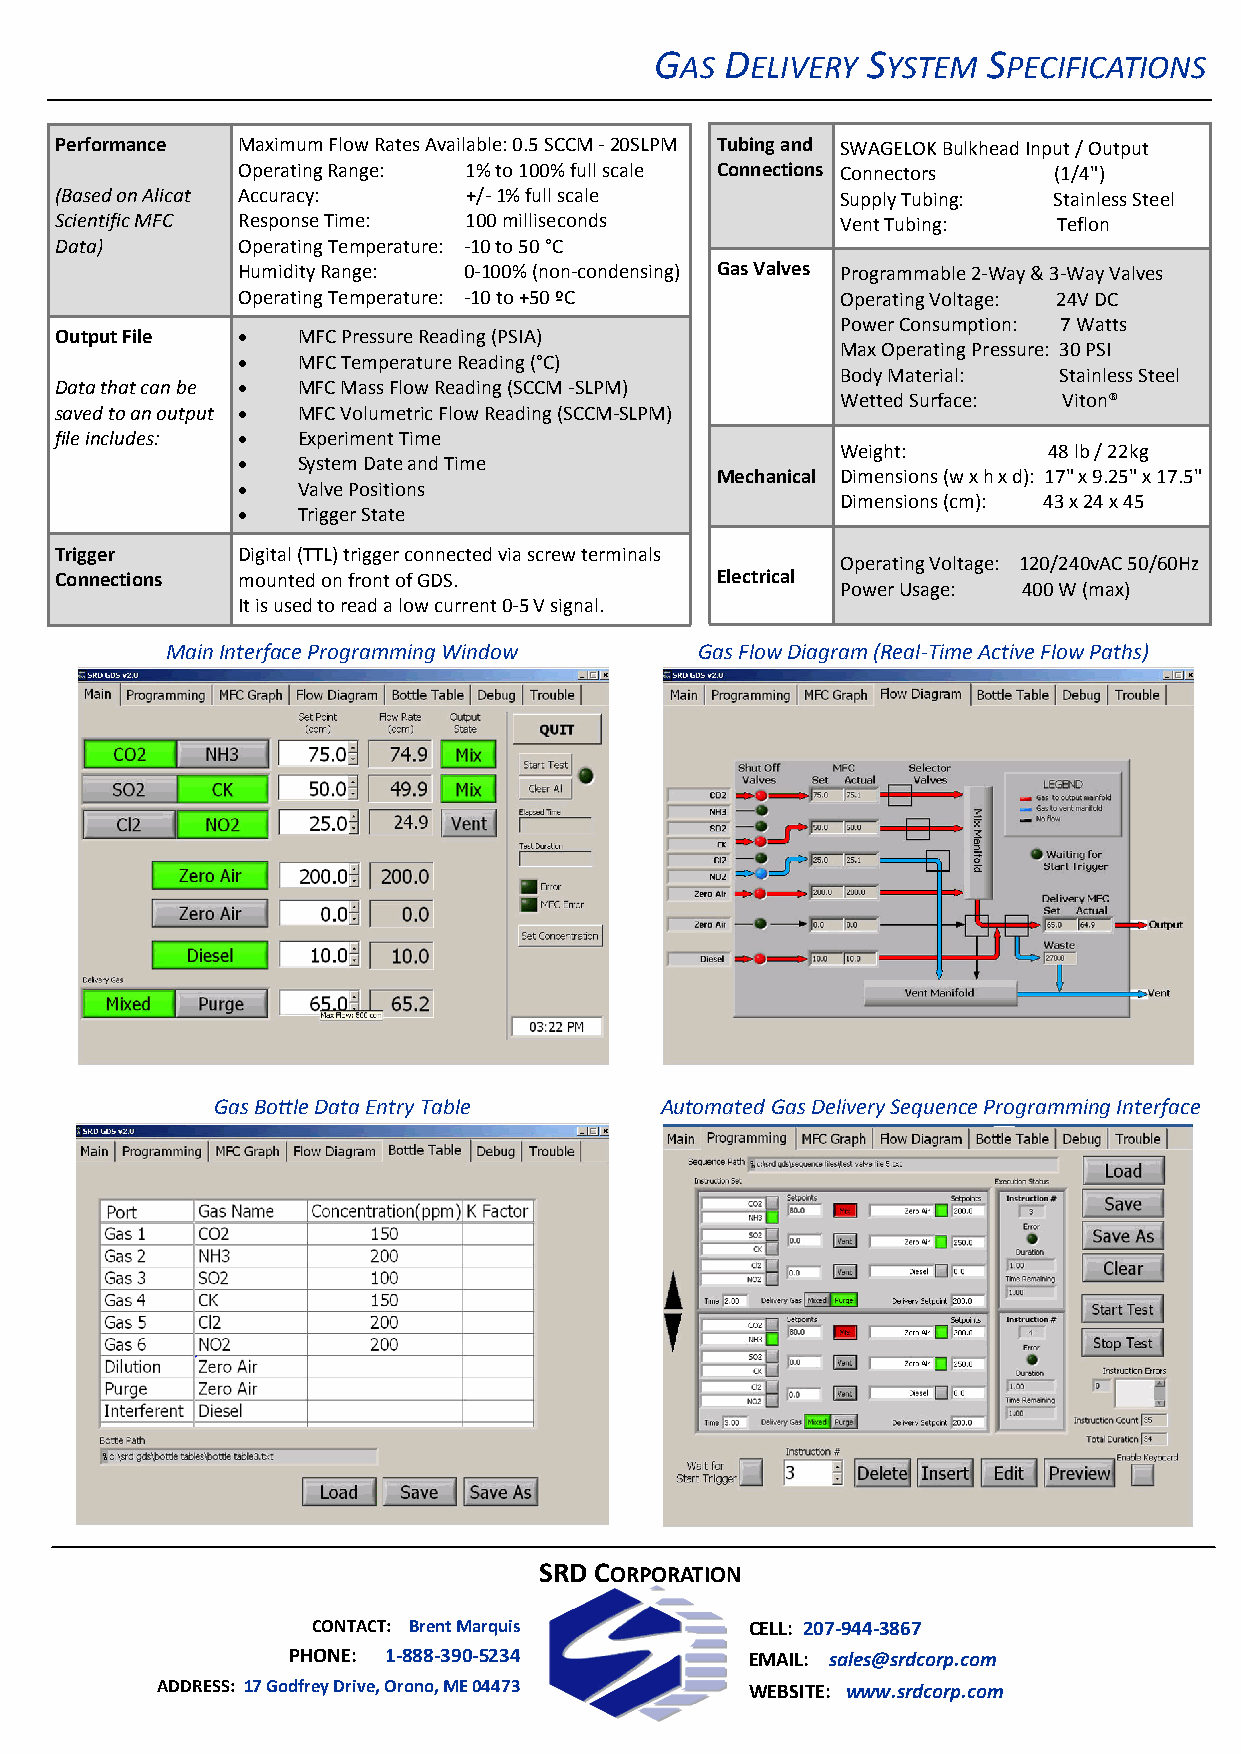
GAS  DELIVERY SYSTEM  SPECIFICATIONS
 Performance Maximum Flow Rates Available: 0.5 SCCM - 20SLPM Tubing and SWAGELOK Bulkhead Input / Output
 Operating Range: 1% to 100% full scale Connections Connectors (1/4")
 (Based on Alicat Accuracy: +/- 1% full scale        Supply Tubing: Stainless Steel
 Scientific MFC Response Time: 100 milliseconds      Vent Tubing:  Teflon
 Data)       Operating Temperature: -10 to 50 °C
 Humidity Range: 0-100% (non-condensing) Gas Valves Programmable 2-Way & 3-Way Valves
 Operating Temperature: -10 to +50 ºC    Operating Voltage: 24V DC
 Power Consumption: 7 Watts
 Output File    MFC Pressure Reading (PSIA)
 Max Operating Pressure: 30 PSI
    MFC Temperature Reading (°C)
 Body Material: Stainless Steel
 Data that can be  MFC Mass Flow Reading (SCCM -SLPM)
 Wetted Surface: Viton®
 saved to an output  MFC Volumetric Flow Reading (SCCM-SLPM)
 file includes:  Experiment Time
 Weight:      48 lb / 22kg
    System Date and Time
 Mechanical Dimensions (w x h x d): 17" x 9.25" x 17.5"
    Valve Positions
 Dimensions (cm): 43 x 24 x 45
    Trigger State
 Trigger     Digital (TTL) trigger connected via screw terminals
 Operating Voltage: 120/240vAC 50/60Hz
 Connections mounted on front of GDS.       Electrical
 Power Usage: 400 W (max)
 It is used to read a low current 0-5 V signal.
 Main Interface Programming Window  Gas Flow Diagram (Real-Time Active Flow Paths)
 Gas Bottle Data Entry Table   Automated Gas Delivery Sequence Programming Interface
 SRD CORPORATION
 CONTACT: Brent Marquis       CELL: 207-944-3867
 PHONE: 1-888-390-5234          EMAIL: sales@srdcorp.com
 ADDRESS: 17 Godfrey Drive, Orono, ME 04473 WEBSITE: www.srdcorp.com